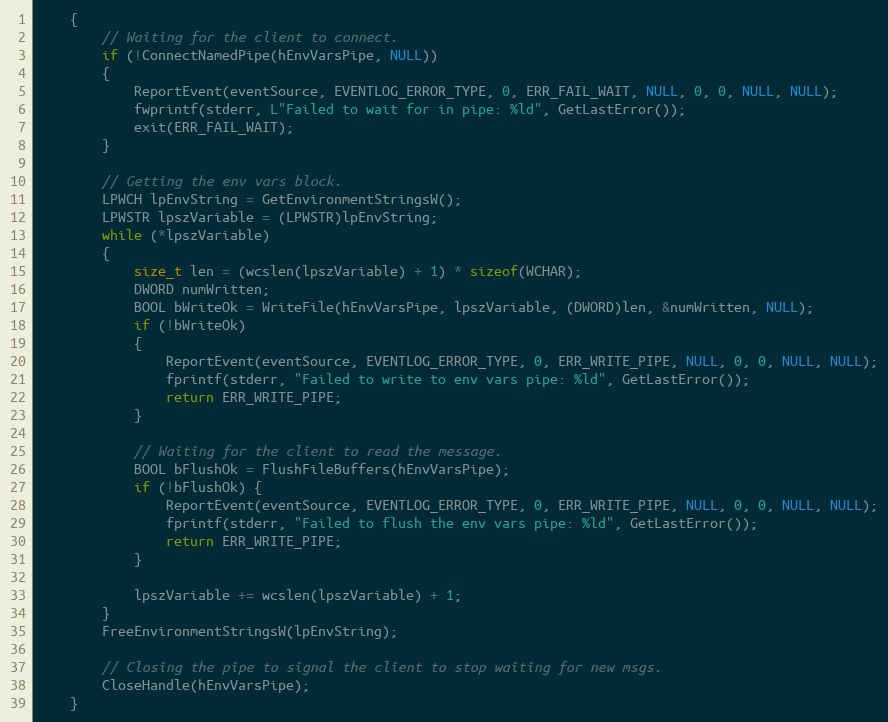
Language: C
	{
		// Waiting for the client to connect.
		if (!ConnectNamedPipe(hEnvVarsPipe, NULL))
		{
			ReportEvent(eventSource, EVENTLOG_ERROR_TYPE, 0, ERR_FAIL_WAIT, NULL, 0, 0, NULL, NULL);
			fwprintf(stderr, L"Failed to wait for in pipe: %ld", GetLastError());
			exit(ERR_FAIL_WAIT);
		}

		// Getting the env vars block.
		LPWCH lpEnvString = GetEnvironmentStringsW();
		LPWSTR lpszVariable = (LPWSTR)lpEnvString;
		while (*lpszVariable)
		{
			size_t len = (wcslen(lpszVariable) + 1) * sizeof(WCHAR);
			DWORD numWritten;
			BOOL bWriteOk = WriteFile(hEnvVarsPipe, lpszVariable, (DWORD)len, &numWritten, NULL);
			if (!bWriteOk)
			{
				ReportEvent(eventSource, EVENTLOG_ERROR_TYPE, 0, ERR_WRITE_PIPE, NULL, 0, 0, NULL, NULL);
				fprintf(stderr, "Failed to write to env vars pipe: %ld", GetLastError());
				return ERR_WRITE_PIPE;
			}

			// Waiting for the client to read the message.
			BOOL bFlushOk = FlushFileBuffers(hEnvVarsPipe);
			if (!bFlushOk) {
				ReportEvent(eventSource, EVENTLOG_ERROR_TYPE, 0, ERR_WRITE_PIPE, NULL, 0, 0, NULL, NULL);
				fprintf(stderr, "Failed to flush the env vars pipe: %ld", GetLastError());
				return ERR_WRITE_PIPE;
			}

			lpszVariable += wcslen(lpszVariable) + 1;
		}
		FreeEnvironmentStringsW(lpEnvString);

		// Closing the pipe to signal the client to stop waiting for new msgs.
		CloseHandle(hEnvVarsPipe);
	}